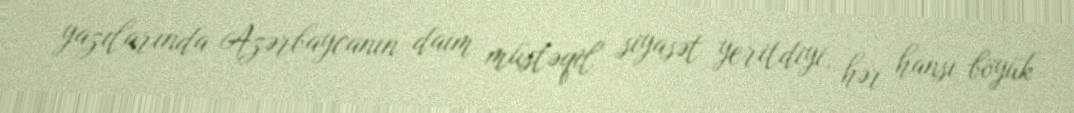
yazılarında Azərbaycanın daim müstəqil siyasət yeritdiyi, hər hansı böyük